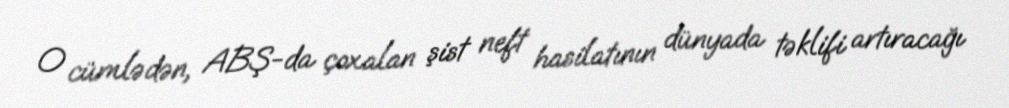
O cümlədən, ABŞ-da çoxalan şist neft hasilatının dünyada təklifi artıracağı